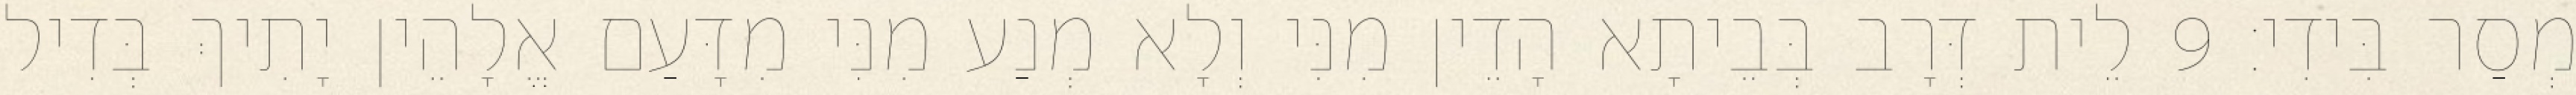
מְסַר בִּידִי׃ 9 לֵית דְּרָב בְּבֵיתָא הָדֵין מִנִּי וְלָא מְנַע מִנִּי מִדָּעַם אֱלָהֵין יָתִיךְ בְּדִיל